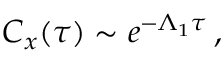
\begin{array} { r } { C _ { x } ( \tau ) \sim e ^ { - \Lambda _ { 1 } \tau } \, , } \end{array}